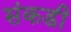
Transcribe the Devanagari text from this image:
संकडी